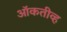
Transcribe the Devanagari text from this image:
ऑकतीव्ह